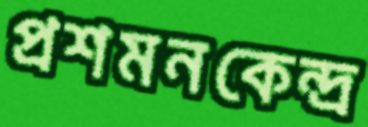
প্রশমনকেন্দ্র